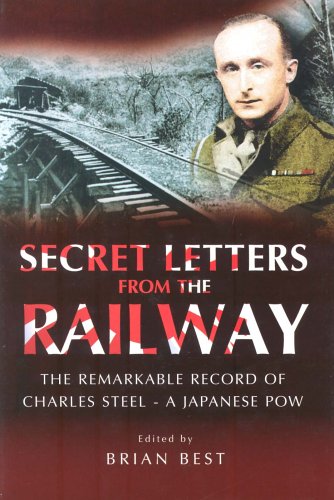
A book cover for Secret Letters from the Railway: The Remarkable Record of a Japanese POW; Brian Best; Literature & Fiction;